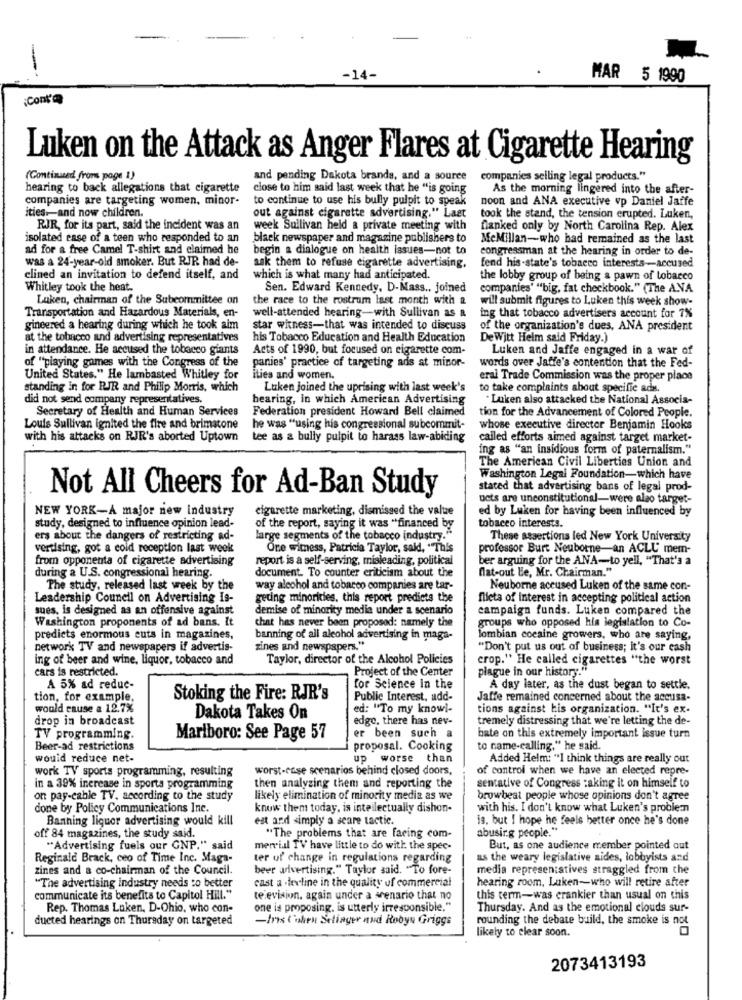
MAR 5 1990
Luken on the Attack as Anger Flares at Cigarette Hearing
(Continued from page 1)
and pending Dakota brands, and a source
companies selling legal products."
hearing to back allegations that cigarette
close to him said last week that he "is going
As the morning lingered into the after-
companies are targeting women, minor-
to continue to use his bully pulpit to speak
noon and ANA executive vp Daniel Jaffe
ities .- and now children.
out against cigarette advertising." Laet
took the stand, the tension erupted. Luken,
RJR, for its part, said the incident was an
week Sullivan held a private meeting with
flanked only by North Carolina Rep. Alex
isolated ease of a teen who responded to an
black newspaper and magazine publishers to
MeMillan-who had remained as the last
ad for a free Camel T-shirt and claimed he
begin a dialogue on health issues-not to
congressman at the hearing in order to de-
was a 24-year-old smoker. But RJR had de-
ask them to refuse cigarette advertising,
fend his-state's tobacco interests-accused
clined an invitation to defend itself, and
which is what many had anticipated.
the lobby group of being a pawn of tobacco
Whitley took the heat.
Sen. Edward Kennedy, D-Mass ., joined
companies" "big, fat checkbook." (The A.NA
Luken, chairman of the Subcommittee on
the race to the rostrum last month with a
will submit figures to Luken this week show-
Transportation and Hazardous Materials, en-
well-attended hearing-with Sullivan as &
ing that tobacco advertisers account for 7%
gingered a hearing during which he took aim
star witness-that was intended to discuss
of the organization's dues, ANA president
at the tobacco and advertising representatives
his Tobacco Education and Health Education
De Witt Helm said Friday.)
in attendance. He accused the tobacco giants
Acts of 1990, but focused on cigarette com-
Luken and Jaffe engaged in a war of
of "playing games with the Congress of the
panies' practice of targeting ads at minor-
words over Jaffe's contention that the Fed-
United States." He lambasted Whitley for
ities and women.
eral Trade Commission was the proper place
standing in for RJR and Philip Morris, which
Luken Joined the uprising with last week's
to take complaints about specific ads.
did not send company representatives.
hearing, in which American Advertising
Luken also attacked the National Associa-
Secretary of Health and Human Services
Federation president Howard Bell claimed
tion for the Advancement of Colored People.
Louis Sullivan ignited the fire and brimstone
he was "using his congressional subcommit-
whose executive director Benjamin Hooks
with his attacks on RJR's aborted Uptown
tee as a bully pulpit to harass law-abiding
called efforts aimed against target market-
ing as "an insidious form of paternalism."
The American Civil Liberties Union and
Washington Legal Foundation-which have
Not All Cheers for Ad-Ban Study
stated that advertising bans of legal prod-
ucts are unconstitutional-were also target-
NEW YORK-A major new industry
cigarette marketing, dismissed the value
ed by Luken for having been influenced by
tobacco interests.
study, designed to influence opinion lead-
of the report, saying it was "financed by
ers about the dangers of restricting ad-
large segments of the tobacco industry."
These assertions led New York University
vertising, got a cold reception last week
One witness, Patricia Taylor, said, "This
professor Burt Neuborne-an ACLU mem-
from opponenta of cigarette advertising
report is a self-serving, misleading, political
ber arguing for the ANA-to yell, "That's a
document. To counter criticism about the
flat-out Le, Mr. Chairman."
during a U.S. congressional hearing.
The study, released last week by the
way alcohol and tobacco companies are tar-
Neuborne accused Luken of the same con-
Leadership Council on Advertising Is-
geting minorities. this report predicts the
flicta of interest in accepting political action
sues, is designed as an offensive against
demise of minority media under a scenario
campaign funds. Luken compared the
Washington proponents of ad bans. It
chat has never been proposed: namely the
groups who opposed his legislation to Co-
predicts enormous cuts in magazines,
banning of all alcohol advertising in maga-
lombian cocaine growers, who are saying,
network TV and newspapers if advertis-
zines and newspapers."
"Don't put us out of business; it's our cash
ing of beer and wine, liquor, tobacco and
Taylor, director of the Alcohol Policies
crop." He called cigarettes "the worst
cars is restricted.
Project of the Center
plague in our history."
A 5% ad reduc-
for Science In the
A day later, as the dust began to settle.
tion, for example.
Stoking the Fire: RJR's
Public Interest, add-
Jaffe remained concerned about the accusa-
would cause a 12.7%
ed: "To my knowl-
tions against his organization. "It's ex-
drop in broadcast
Dakota Takes On
edge, there has nev-
tremely distressing that we're letting the de-
TV programming.
Marlboro: See Page 57
er been such a
bate on this extremely important issue turn
Beer-ad restrictions
proposal. Cooking
to name-calling," he said.
would reduce net-
up worse than
Added Helm: "I think things are really out
work TV sports programming, resulting
worst-case scenarios behind closed doors,
of control when we have an elected repre-
in a 39% increase in sports programming
then analyzing them and reporting the
sentative of Congress :aking it on himself to
on pay-cable TV. according to the study
likely elimination of minority media as we
browbeat people whose opinions don't agree
done by Policy Communications Inc.
know them today, is intellectually dishon-
with his. I don't know what Luken's problemn
Banning liquor advertising would kill
est and simply a scare tactic.
is. but I hope he feels better once he's done
abusing people."
off 84 magazines, the study said.
"The problems that are facing com-
"Advertising fuels our GNP." said
mer ial TV have little to do with the spec-
But, as one audience member pointed out
Reginald Brack, ceo of Time Inc. Maga-
ter of change in regulations regarding
as the weary legislative sides, lobbyists and
zines and a co-chairman of the Council.
beer advertising." Taylor said. "To fore-
media representatives straggled from the
"The advertising industry needs to better
cast a .levline in the quality of commercial
hearing room, Laken-who will retire after
communicate its benefits to Capitol Hill."
television. again under a scenario that no
this term-was crankier than usual on this
Rep. Thomas Luken, D-Ohio, who con-
one is proposing, is utterly irresponsible."
Thursday. And as the emotional clouds sur-
ducted hearings on Thursday on targeted
-Ins ('ohen Selinger and Robyn Griggs
rounding the debate build, the smoke is not
likely to clear soon.
2073413193